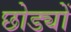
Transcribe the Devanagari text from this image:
छोड्यों